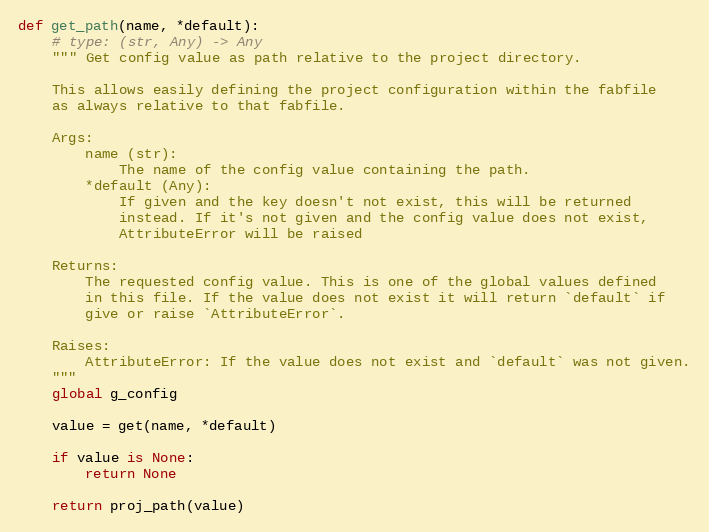
Language: Python
def get_path(name, *default):
    # type: (str, Any) -> Any
    """ Get config value as path relative to the project directory.

    This allows easily defining the project configuration within the fabfile
    as always relative to that fabfile.

    Args:
        name (str):
            The name of the config value containing the path.
        *default (Any):
            If given and the key doesn't not exist, this will be returned
            instead. If it's not given and the config value does not exist,
            AttributeError will be raised

    Returns:
        The requested config value. This is one of the global values defined
        in this file. If the value does not exist it will return `default` if
        give or raise `AttributeError`.

    Raises:
        AttributeError: If the value does not exist and `default` was not given.
    """
    global g_config

    value = get(name, *default)

    if value is None:
        return None

    return proj_path(value)